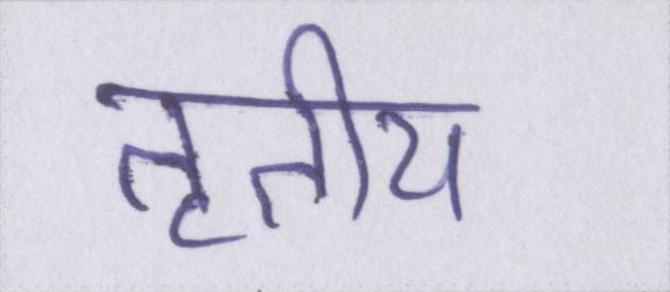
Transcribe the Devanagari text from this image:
तृतीय